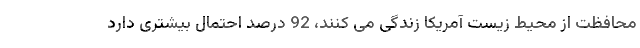
محافظت از محیط زیست آمریکا زندگی می کنند، 92 درصد احتمال بیشتری دارد